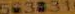
6638311